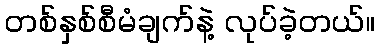
တစ်နှစ်စီမံချက်နဲ့ လုပ်ခဲ့တယ်။